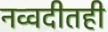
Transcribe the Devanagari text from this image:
नव्वदीतही